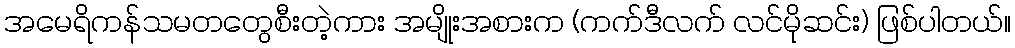
အမေရိကန်သမတတွေစီးတဲ့ကား အမျိုးအစားက (ကက်ဒီလက် လင်မိုဆင်း) ဖြစ်ပါတယ်။